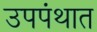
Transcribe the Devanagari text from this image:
उपपंथात